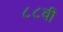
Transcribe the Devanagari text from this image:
८८वी